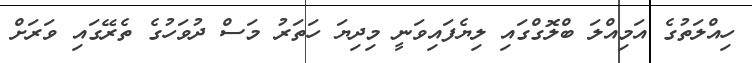
ހިއްލަތުގެ އަމިއްލަ ބްލޮގްގައި ލިޔެފައިވަނީ މިދިޔަ ހަތަރު މަސް ދުވަހުގެ ތެރޭގައި ވަރަށް